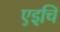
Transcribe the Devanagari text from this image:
एइचि